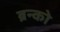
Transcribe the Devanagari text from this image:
ब्रन्को